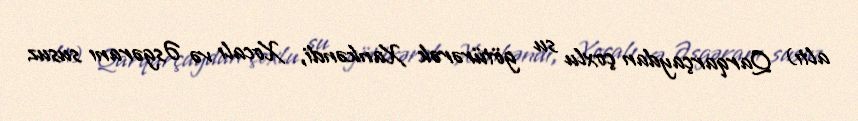
altı) Qarqarçaydan çoxlu su götürərək Xankəndi, Xocalı və Əsgəranı susuz